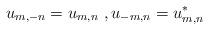
LaTeX: \begin{align*}u_{m,-n} = u_{m,n} \ , u_{-m,n} = u^*_{m,n} \end{align*}